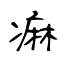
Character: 痳